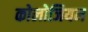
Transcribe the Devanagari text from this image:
कोलोजियम